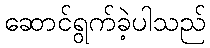
ဆောင်ရွက်ခဲ့ပါသည်